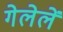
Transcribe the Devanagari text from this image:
गेलेलें